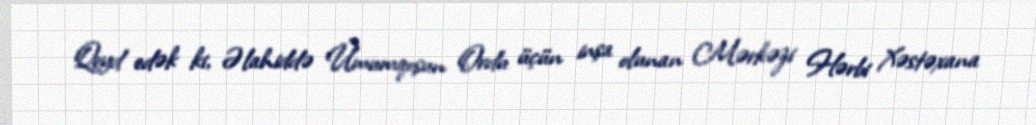
Qeyd edək ki, Əlahiddə Ümumqoşun Ordu üçün inşa olunan Mərkəzi Hərbi Xəstəxana